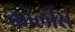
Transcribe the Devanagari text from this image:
कोर्लीस